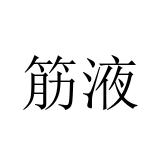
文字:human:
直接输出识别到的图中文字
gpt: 筋液